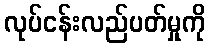
လုပ်ငန်းလည်ပတ်မှုကို